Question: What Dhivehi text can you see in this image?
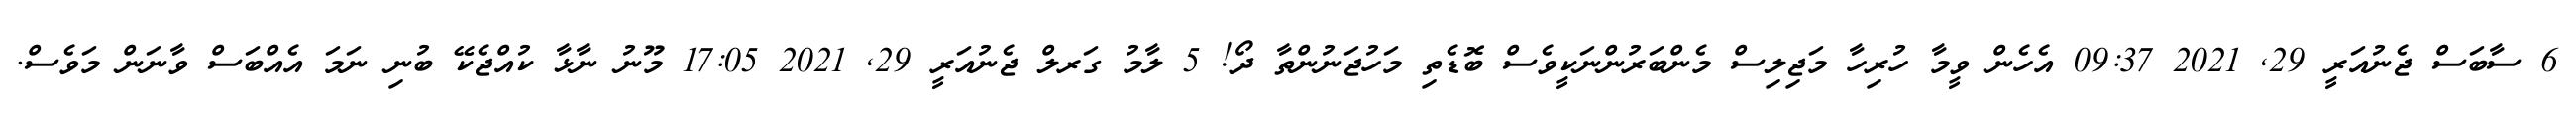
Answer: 6 ސާބަސް ޖެނުއަރީ 29, 2021 09:37 އެހެން ވީމާ ހުރިހާ މަޖިލިސް މެންބަރުންނަކީވެސް ބޮޑެތި މަހުޖަނުންތާ ދޯ! 5 ލާމު ގަރލް ޖެނުއަރީ 29, 2021 17:05 މޫނު ނާޅާ ކުއްޖެކޭ ބުނި ނަމަ އެއްބަސް ވާނަން މަވެސް.